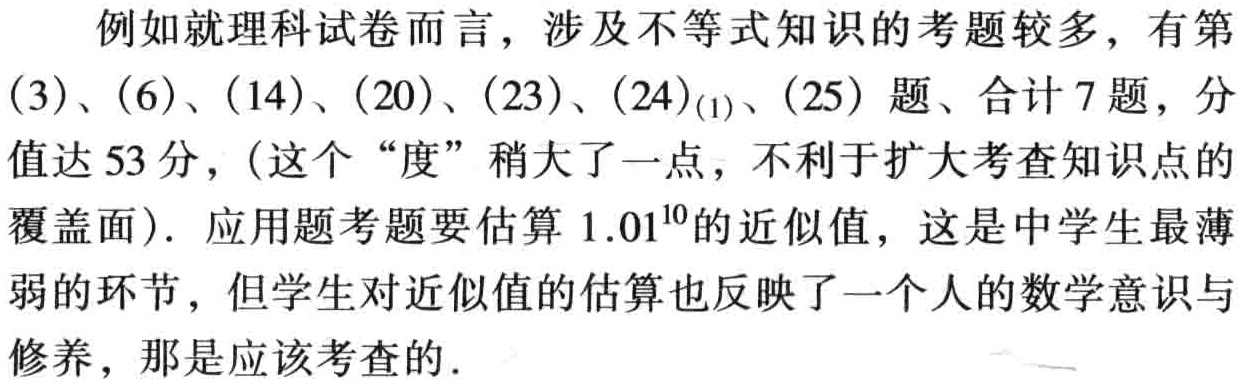
例如就理科试卷而言，涉及不等式知识的考题较多，有第

(3)、(6)、(14)、(20)、(23)、(24)$_{(1)}$、(25) 题、合计 7 题，分

值达 53 分，(这个 “度” 稍大了一点，不利于扩大考查知识点的

覆盖面). 应用题考题要估算 \(1.01^{10}\) 的近似值，这是中学生最薄

弱的环节，但学生对近似值的估算也反映了一个人的数学意识与

修养，那是应该考查的.